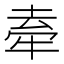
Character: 𭷣